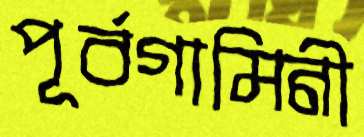
পূর্বগামিনী